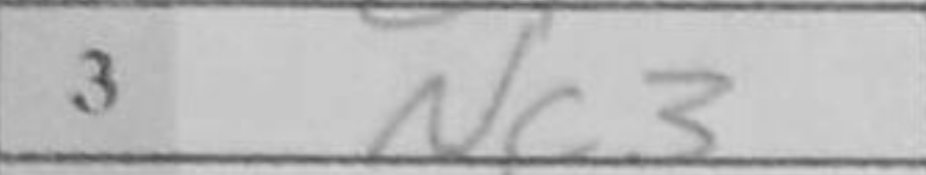
Transcription: Nc3